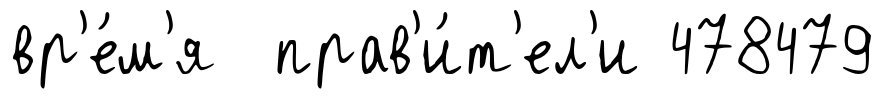
вр'е́м'я прав'и́т'ел'и 478479